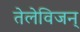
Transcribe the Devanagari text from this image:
तेलेविजन्